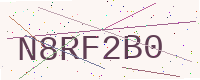
Text: N8RF2B0